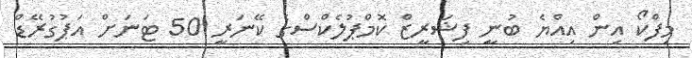
މިފްކޯ އިން އިއްޔެ ބުނީ ފިޝަރީޒް ކޮމްޕުލެކްސްގެ ކޭނަރީ 50 ޓަނަށް އަޕުގުރޭޑް